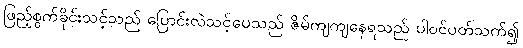
ဖြည့်စွက်ခိုင်းသင့်သည် ပြောင်းလဲသင့်ပေသည် ဇိမ်ကျကျနေရသည် ပါဝင်ပတ်သက်၍